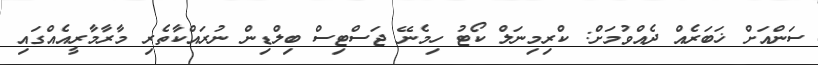
ސަންއަށް ޚަބަރެއް ދެއްވުމަށް: ކްރިމިނަލް ކޯޓު ހިމެނޭ ޖަސްޓިސް ބިލްޑިން ނުރައްކާތެރި މާރާމާރީއެއްގައި